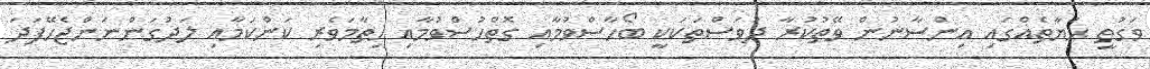
ވަގުތީ ޙަޔާތެއްގައި އިންސާނުން ވޭތުކުރާ ދުވަސްތަކަކީ ބޯހާސްވުމާއި ގޮތްހުސްވުމާއި ހިތާމަވެރި ކަންކަމާއި ލަދުގަންނަންޖެހޭފަދަ